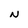
Character: N